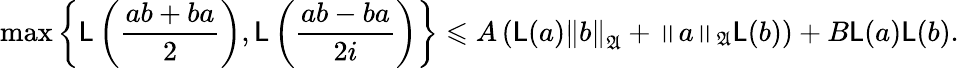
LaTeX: \operatorname*{max}\left\{ {\mathsf{L}}\left(\frac{ab+ba}{2}\right),{\mathsf{L}}\left(\frac{ab-ba}{2i}\right)\right\} \leqslant A\left({\mathsf{L}}(a)\left\| {b}\right\| _{{\mathfrak{A}}}+\left\| {a}\right\| _{{\mathfrak{A}}}{\mathsf{L}}(b)\right)+B{\mathsf{L}}(a){\mathsf{L}}(b)\mathrm{.}